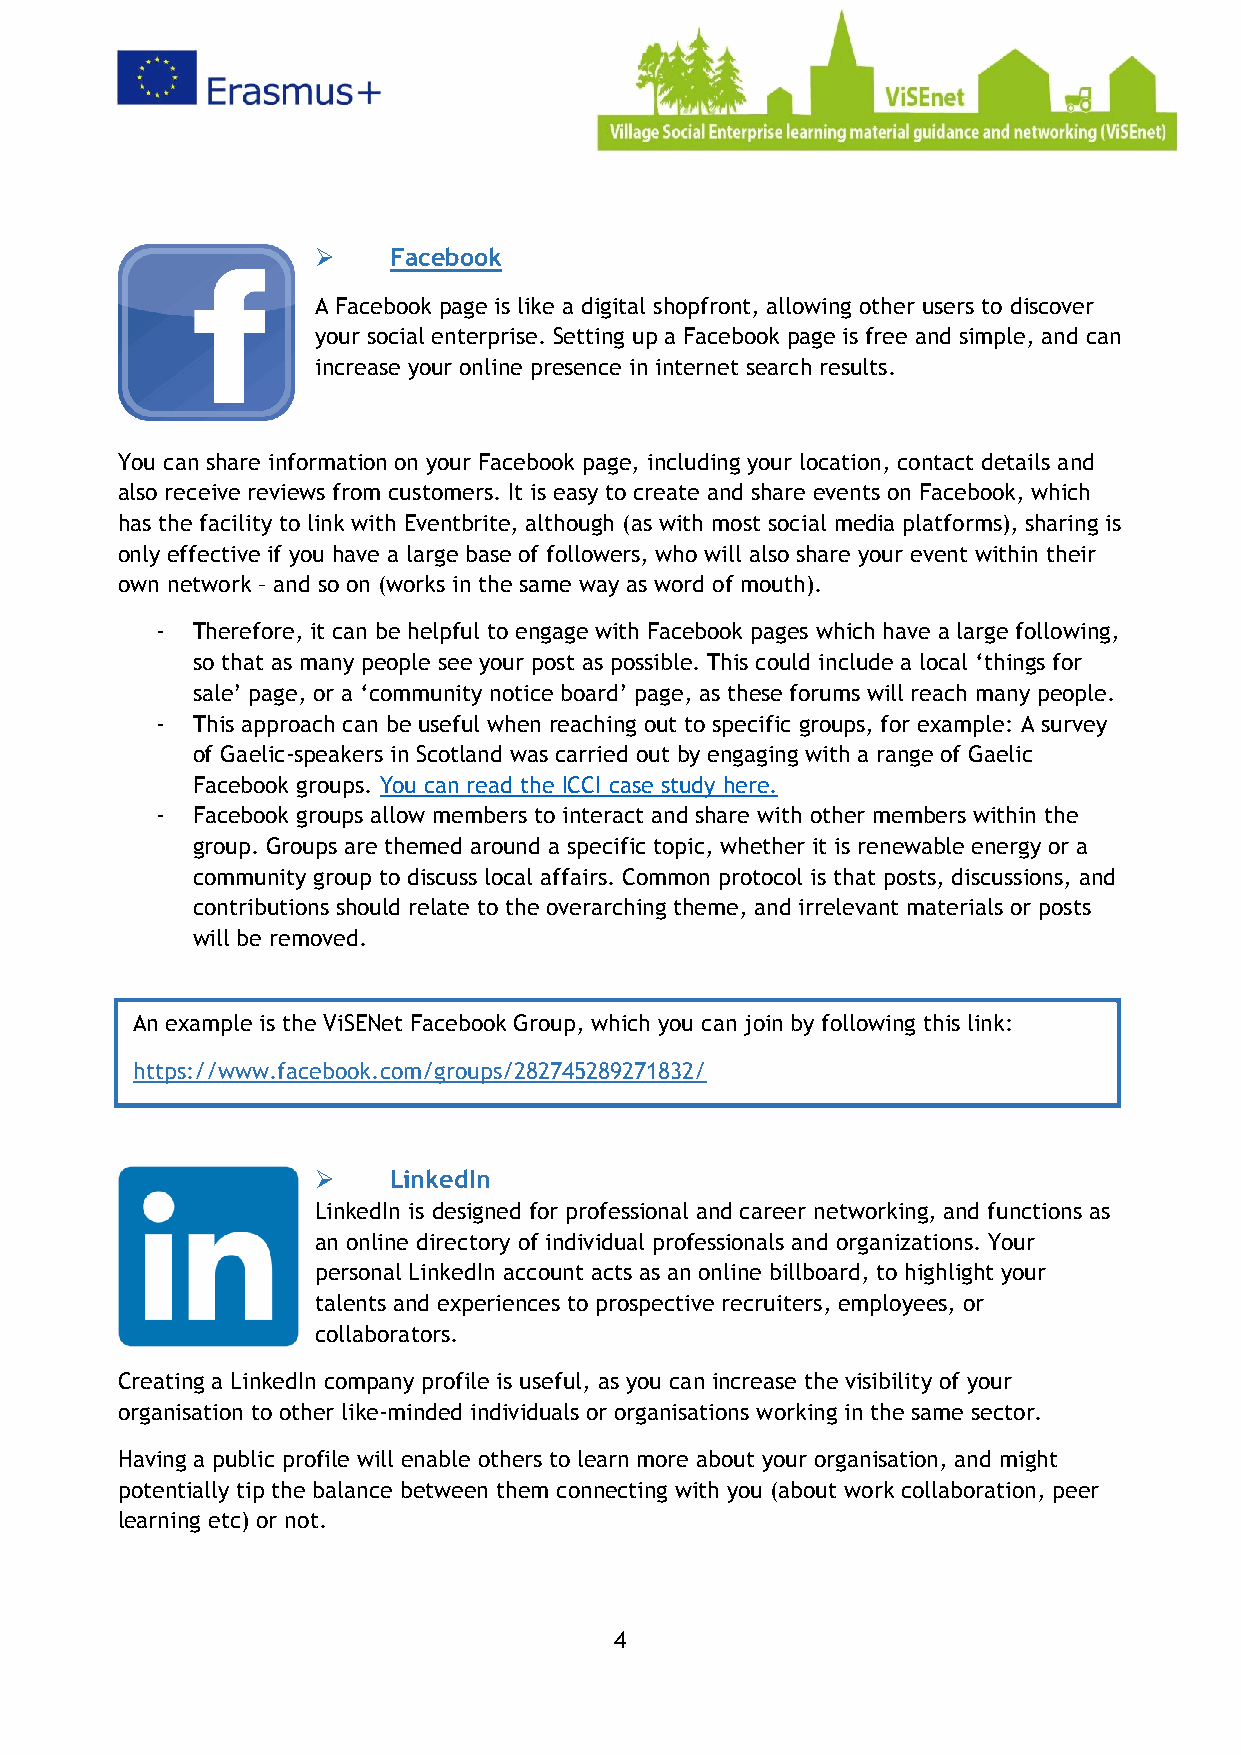
➢    Facebook
 A Facebook page is like a digital shopfront, allowing other users to discover
 your social enterprise. Setting up a Facebook page is free and simple, and can
 increase your online presence in internet search results.
 You can share information on your Facebook page, including your location, contact details and
 also receive reviews from customers. It is easy to create and share events on Facebook, which
 has the facility to link with Eventbrite, although (as with most social media platforms), sharing is
 only effective if you have a large base of followers, who will also share your event within their
 own network – and so on (works in the same way as word of mouth).
 -  Therefore, it can be helpful to engage with Facebook pages which have a large following,
 so that as many people see your post as possible. This could include a local ‘things for
 sale’ page, or a ‘community notice board’ page, as these forums will reach many people.
 -  This approach can be useful when reaching out to specific groups, for example: A survey
 of Gaelic-speakers in Scotland was carried out by engaging with a range of Gaelic
 Facebook groups. You can read the ICCI case study here.
 -  Facebook groups allow members to interact and share with other members within the
 group. Groups are themed around a specific topic, whether it is renewable energy or a
 community group to discuss local affairs. Common protocol is that posts, discussions, and
 contributions should relate to the overarching theme, and irrelevant materials or posts
 will be removed.
 An example is the ViSENet Facebook Group, which you can join by following this link:
 https://www.facebook.com/groups/282745289271832/
 ➢    LinkedIn
 LinkedIn is designed for professional and career networking, and functions as
 an online directory of individual professionals and organizations. Your
 personal LinkedIn account acts as an online billboard, to highlight your
 talents and experiences to prospective recruiters, employees, or
 collaborators.
 Creating a LinkedIn company profile is useful, as you can increase the visibility of your
 organisation to other like-minded individuals or organisations working in the same sector.
 Having a public profile will enable others to learn more about your organisation, and might
 potentially tip the balance between them connecting with you (about work collaboration, peer
 learning etc) or not.
 4